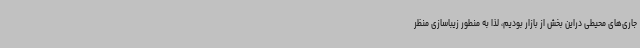
جاری‌های محیطی دراین بخش از بازار بودیم، لذا به منطور زیباسازی منظر